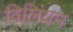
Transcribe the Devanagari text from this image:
विलिंयम